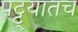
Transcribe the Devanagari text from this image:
पट्ट्यातच